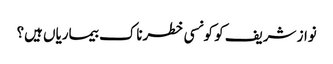
نواز شریف کو کونسی خطرناک بیماریاں ہیں؟